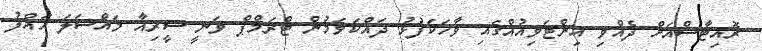
ރޮއިޓާސްއަށް ދެއްވި އިންޓަވިއުއްގައި ވާހަކަފުޅު ދައްކަވަމުން ޓްރަމްޕް ވަނީ ސީރިއާ މައްސަލަ ހައްލު